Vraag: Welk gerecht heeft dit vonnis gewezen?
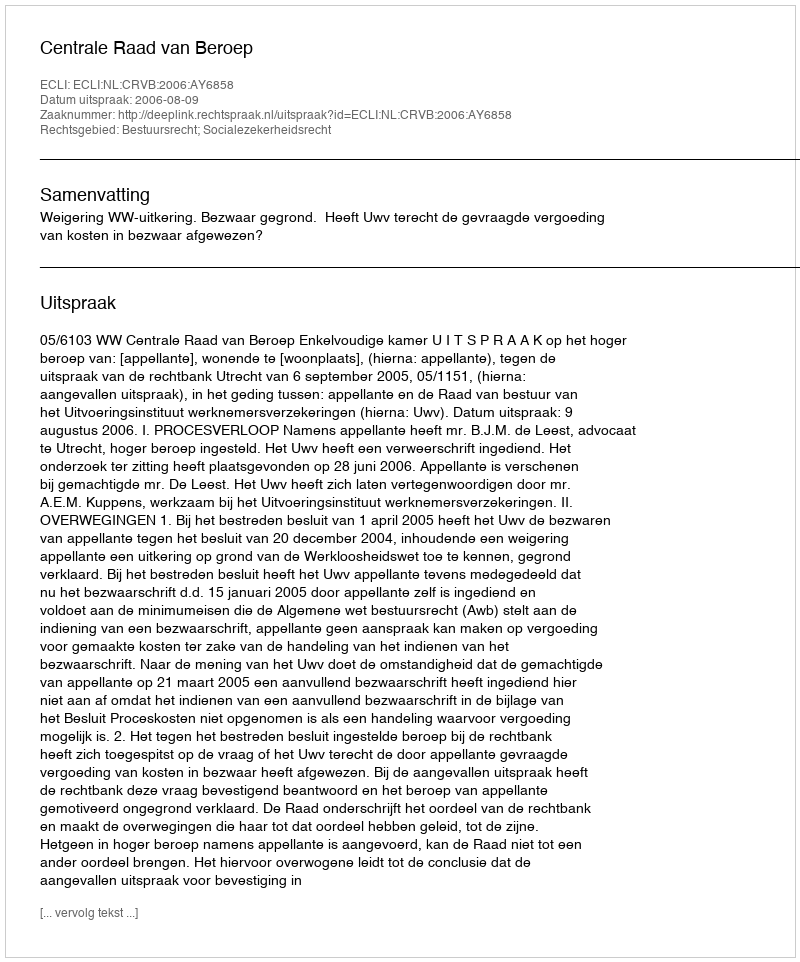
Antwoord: Centrale Raad van Beroep